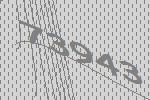
73943